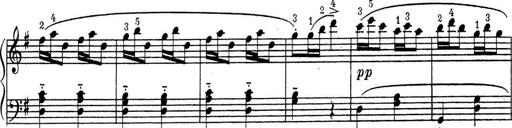
Title: ÄŒeskÃ© Sonatiny
Composer: Various